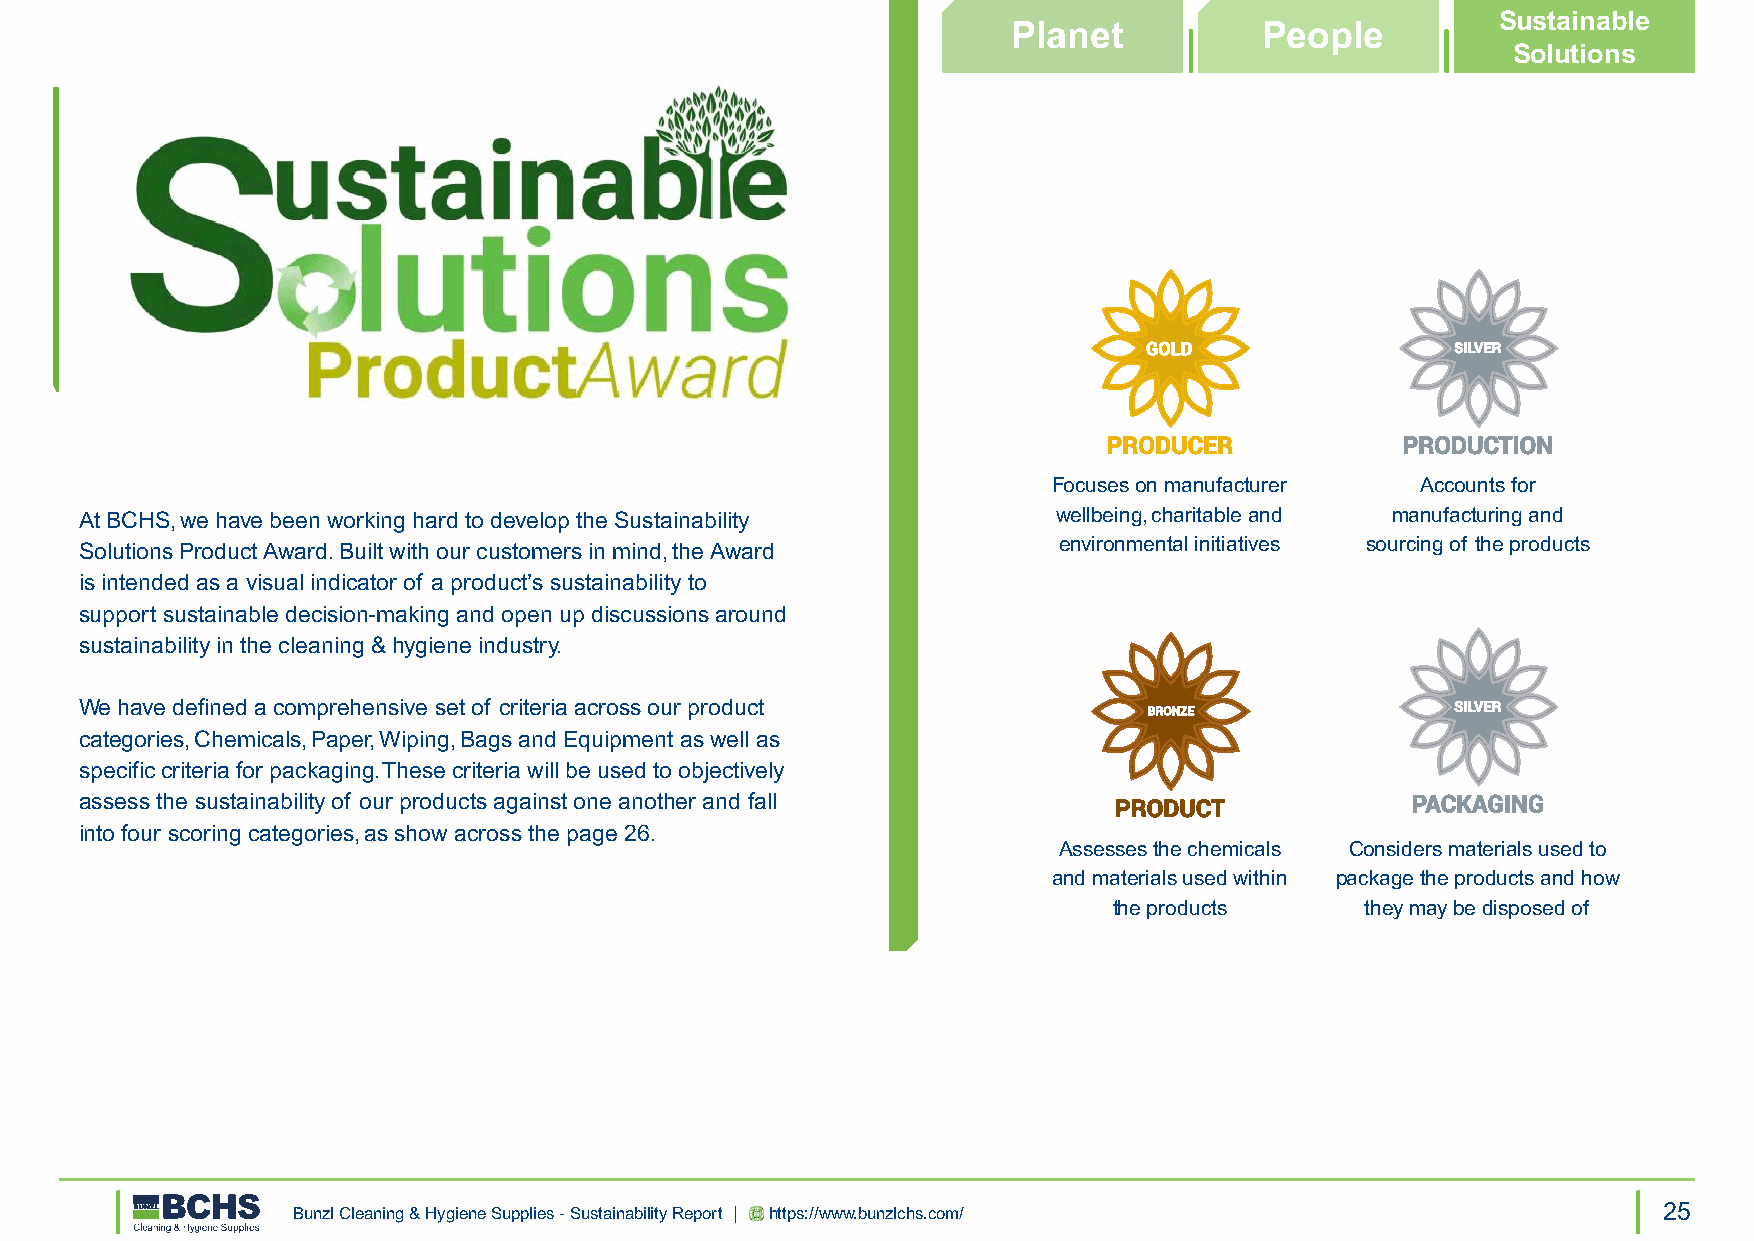
Sustainable
 Planet           People
 Solutions
 GOLD                SILVER
 PRODUCER            PRODUCTION
 Focuses on manufacturer Accounts for
 At BCHS, we have been working hard to develop the Sustainability wellbeing, charitable and manufacturing and
 environmental initiatives sourcing of the products
 Solutions Product Award. Built with our customers in mind, the Award
 is intended as a visual indicator of a product’s sustainability to
 support sustainable decision-making and open up discussions around
 sustainability in the cleaning & hygiene industry.
 We have defined a comprehensive set of criteria across our product     BRONZE              SILVER
 categories, Chemicals, Paper, Wiping, Bags and Equipment as well as
 specific criteria for packaging. These criteria will be used to objectively
 assess the sustainability of our products against one another and fall PRODUCT          PACKAGING
 into four scoring categories, as show across the page 26.
 Assesses the chemicals Considers materials used to
 and materials used within package the products and how
 the products    they may be disposed of
 Bunzl Cleaning & Hygiene Supplies - Sustainability Report | https://www.bunzlchs.com/      25